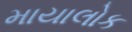
માયાલોક